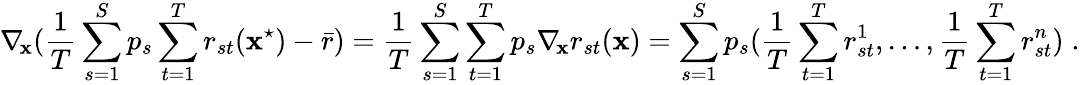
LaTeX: \nabla_{\! \mathbf{x}}(\frac{{1}}{{T}}\sum_{s=1}^{S}p_{s}\sum_{t=1}^{T}r_{st}(\mathbf{x}^{\star})-\bar{{r}})=\frac{{1}}{{T}}\sum_{s=1}^{S}\sum_{t=1}^{T}p_{s}\nabla_{\! \mathbf{x}}r_{st}(\mathbf{x})=\sum_{s=1}^{S}p_{s}(\frac{{1}}{{T}}\sum_{t=1}^{T}r_{st}^{1},\ldots,\frac{{1}}{{T}}\sum_{t=1}^{T}r_{st}^{n})\; .